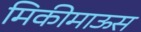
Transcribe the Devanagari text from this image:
मिकीमाऊस